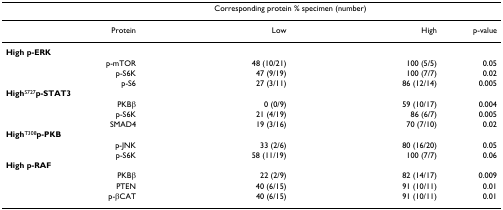
<table><thead><tr><td></td><td colspan="2"><b>Corresponding protein % specimen (number)</b></td><td></td></tr></thead><tbody><tr><td>Protein</td><td>Low</td><td>High</td><td>p-value</td></tr><tr><td><b>High p-ERK</b></td><td></td><td></td><td></td></tr><tr><td>p-mTOR</td><td>48 (10/21)</td><td>100 (5/5)</td><td>0.05</td></tr><tr><td>p-S6K</td><td>47 (9/19)</td><td>100 (7/7)</td><td>0.02</td></tr><tr><td>p-S6</td><td>27 (3/11)</td><td>86 (12/14)</td><td>0.005</td></tr><tr><td><b>High</b><sup>S727</sup><b>p-STAT3</b></td><td></td><td></td><td></td></tr><tr><td>PKBβ</td><td>0 (0/9)</td><td>59 (10/17)</td><td>0.004</td></tr><tr><td>p-S6K</td><td>21 (4/19)</td><td>86 (6/7)</td><td>0.005</td></tr><tr><td>SMAD4</td><td>19 (3/16)</td><td>70 (7/10)</td><td>0.02</td></tr><tr><td><b>High</b><sup>T308</sup><b>p-PKB</b></td><td></td><td></td><td></td></tr><tr><td>p-JNK</td><td>33 (2/6)</td><td>80 (16/20)</td><td>0.05</td></tr><tr><td>p-S6K</td><td>58 (11/19)</td><td>100 (7/7)</td><td>0.06</td></tr><tr><td><b>High p-RAF</b></td><td></td><td></td><td></td></tr><tr><td>PKBβ</td><td>22 (2/9)</td><td>82 (14/17)</td><td>0.009</td></tr><tr><td>PTEN</td><td>40 (6/15)</td><td>91 (10/11)</td><td>0.01</td></tr><tr><td>p-βCAT</td><td>40 (6/15)</td><td>91 (10/11)</td><td>0.01</td></tr></tbody></table>